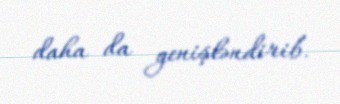
daha da genişləndirib.